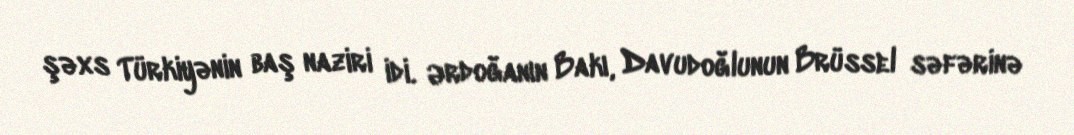
şəxs Türkiyənin baş naziri idi. Ərdoğanın Bakı, Davudoğlunun Brüssel səfərinə